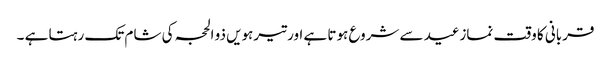
قربانی کا وقت نمازعید سے شروع ہوتا ہے اور تیرہویں ذو الحجہ کی شام تک رہتا ہے ۔